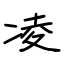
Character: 凌